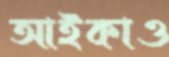
আইকাও